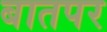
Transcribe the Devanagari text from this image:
बातपर